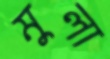
মুলা